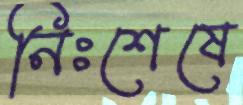
নিঃশেষে